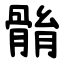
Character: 䯚